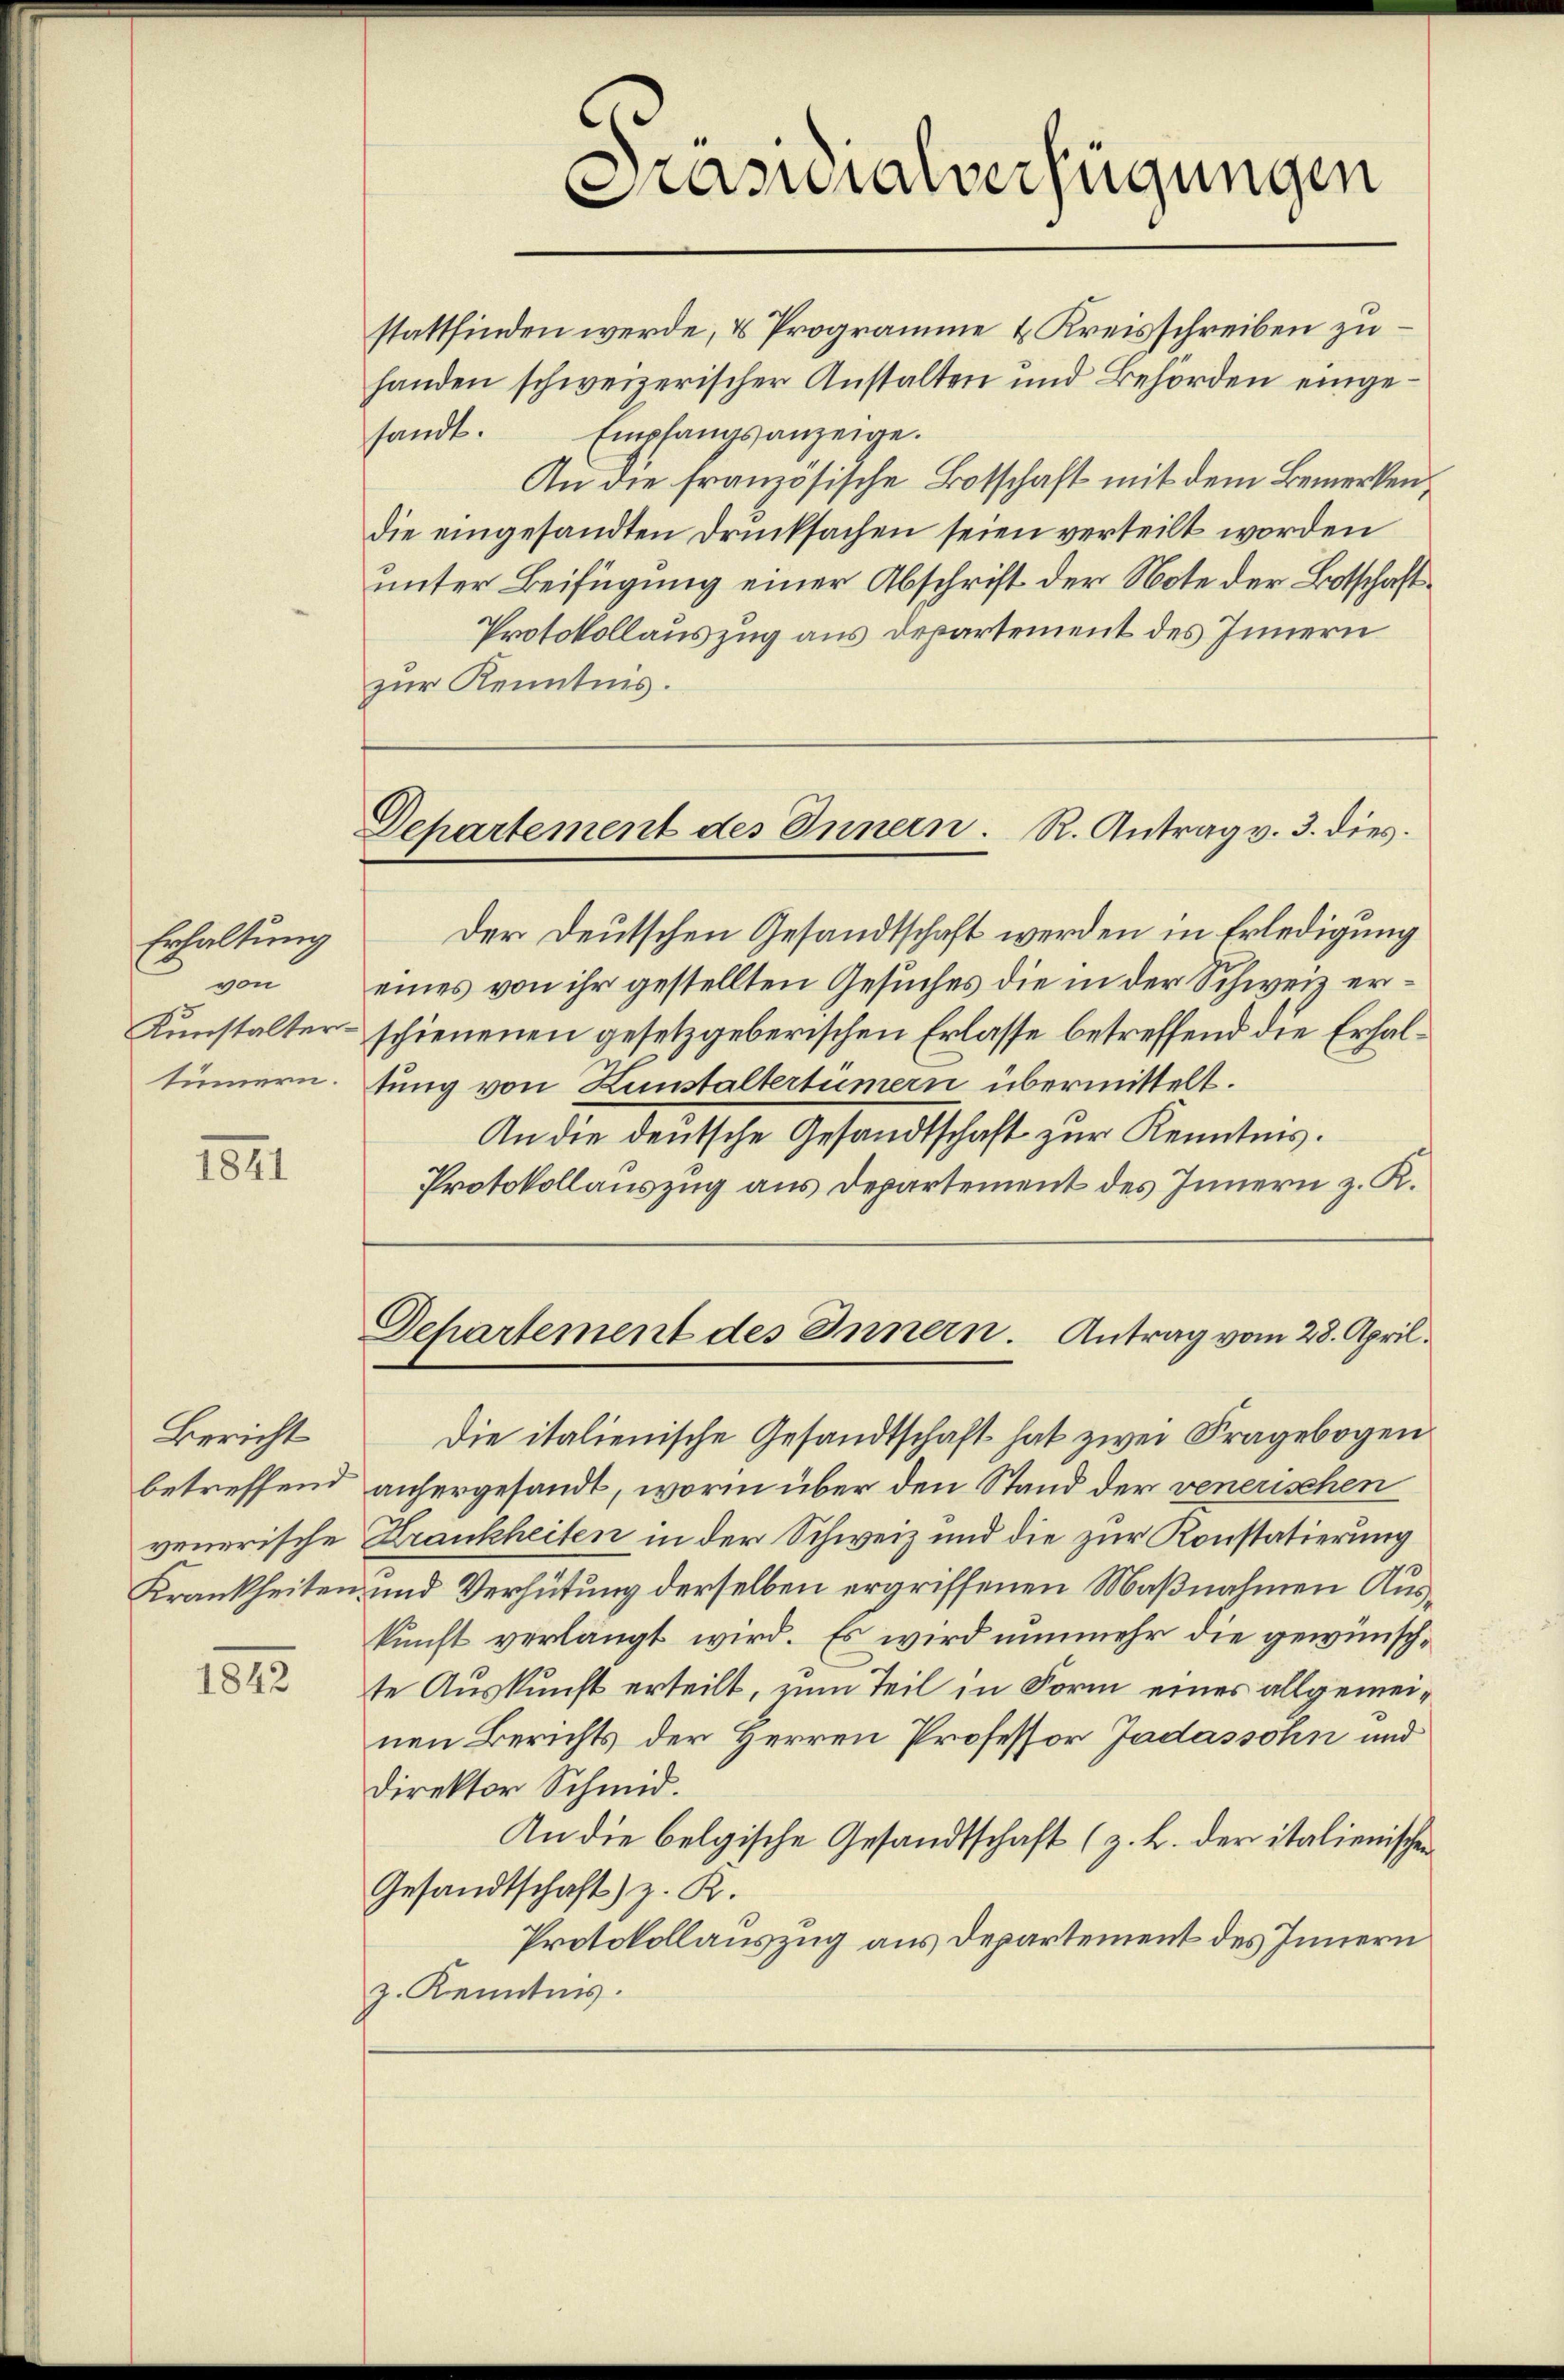
Erhaltung
von
Konstaltertünnern.

1841

Bericht
betreffend
venerische
Krankheiten.

1842

stattfinden werde, & Programme & Kreisschreiben zuhanden schweizerischer Anstalten und Behörden einge-
sandt. Empfangsanzeige.
An die französische Botschaft mit dem Bemerken,
die eingesandten Drucksachen seien verteilt worden
unter Beifügung einer Abschrift der Note der Botschaft¬
Protokollauszug aus Departement des Innern
zur Kenntnis.

Prasialverfügungen

Departement des Innern. R. Antrag v. 3. dies

Der Deutschen Gesandtschaft werden in Erledigung
eines von ihr gestellten Gesuches die in der Schweiz erschienenen gesetzgeberischen Erlasse betreffend die Erhaltung von Kunstaltertümern übermittelt.
An die deutsche Gesandtschaft zur Kenntnis.
Protokollauszug aus Departement des Innern z. R.
Die italienische Gesandtschaft hat zwei Fragebogen
anhergesandt, worin über den Stand der venerischen
Krankheiten in der Schweiz und die zur Konstatierung
und Verhütung derselben ergriffenen Maßnahmen Auskunft verlangt wird. Es wird nunmehr die gewünschte Auskunft erteilt, zum Teil in Form eines allgemeinen Berichts der Herren Professor Jadassohn und
direktor Schmid.
An die belgische Gesandtschaft (z. B. der italienischen
Gesandtschaft) z. R.
Protokollauszug aus Departement des Innern
z. Kenntnis.

Separtement des Innern. Antrag vom 28. April.